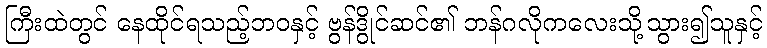
ကြီးထဲတွင် နေထိုင်ရသည့်ဘဝနှင့် ဗွန်ဒွိုင်ဆင်၏ ဘန်ဂလိုကလေးသို့သွား၍သူနှင့်